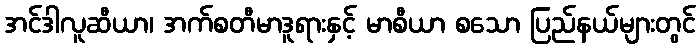
အင်ဒါလူဆီယာ၊ အက်စတီမာဒူရားနှင့် မာစီယာ စသော ပြည်နယ်များတွင်